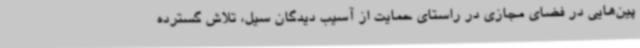
پین‌هایی در فضای مجازی در راستای حمایت از آسیب دیدگان سیل، تلاش گسترده